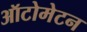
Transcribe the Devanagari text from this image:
ऑटोमेटन